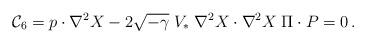
LaTeX: \begin{align*}{\cal C}_6 = p \cdot \nabla^2 X - 2 \sqrt{-\gamma}\; V_* \; \nabla^2 X \cdot \nabla^2 X \; \Pi \cdot P = 0\,.\end{align*}